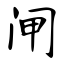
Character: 闸